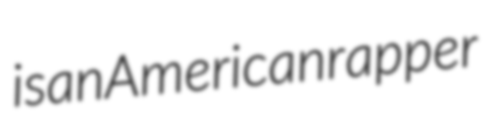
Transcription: is an American rapper